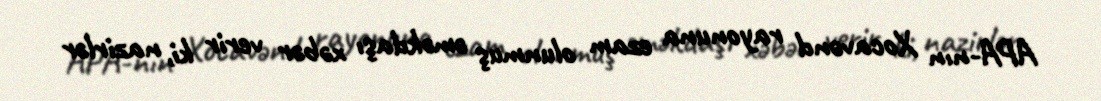
APA-nın Xocavənd rayonuna ezam olunmuş əməkdaşı xəbər verir ki, nazirlər